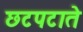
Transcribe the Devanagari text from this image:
छटपटाते